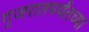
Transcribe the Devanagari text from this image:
गुजरातपर्यंतच्या